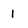
Character: 1